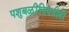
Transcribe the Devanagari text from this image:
पशुबळींविषयीही